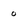
Character: o